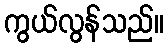
ကွယ်လွန်သည်။